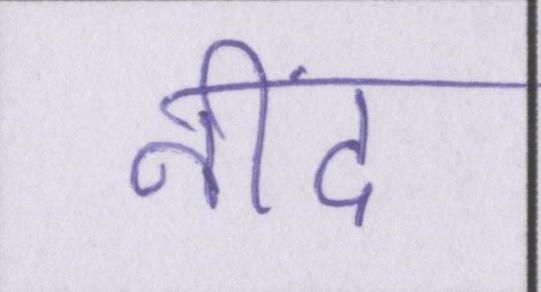
नींद